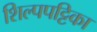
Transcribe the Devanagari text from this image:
शिल्पपट्टिका